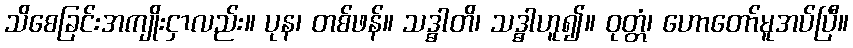
သိစေခြင်းအကျိုးငှာလည်း။ ပုန၊ တစ်ဖန်။ သဒ္ဓါတိ၊ သဒ္ဓါဟူ၍။ ဝုတ္တံ၊ ဟောတော်မူအပ်ပြီ။